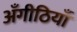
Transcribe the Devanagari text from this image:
अँगीठियाँ